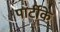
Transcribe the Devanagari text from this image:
पार्टीके